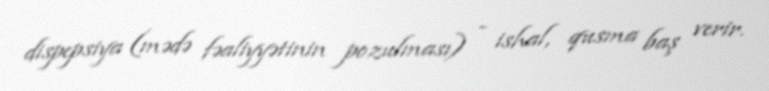
dispepsiya (mədə fəaliyyətinin pozulması) - ishal, qusma baş verir.